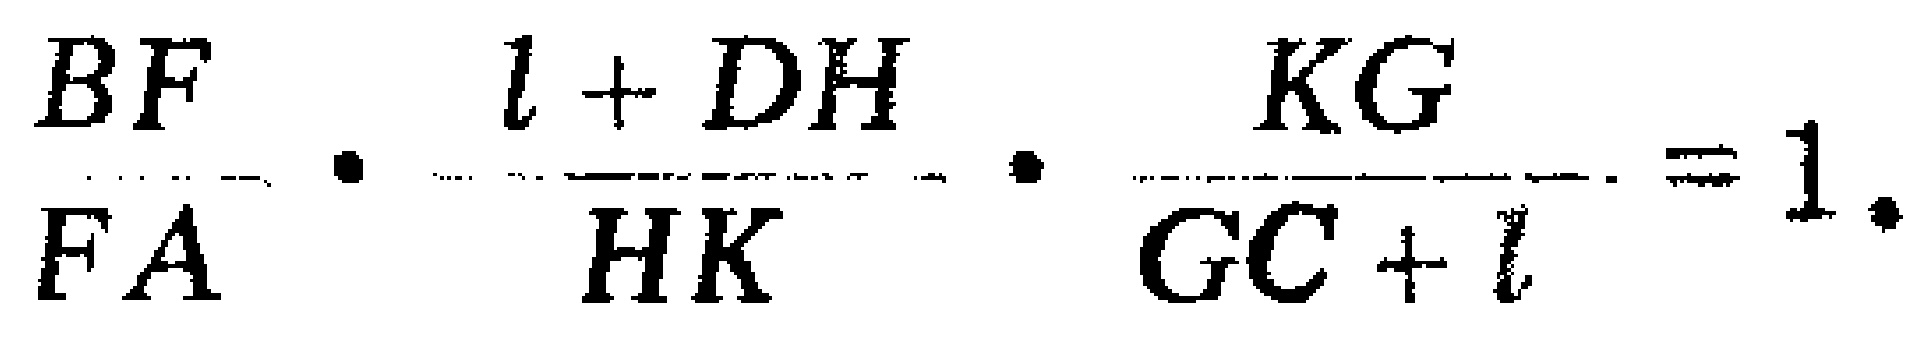
\frac{BF}{FA}\cdot\frac{l + DH}{HK}\cdot\frac{KG}{GC + l}=1.